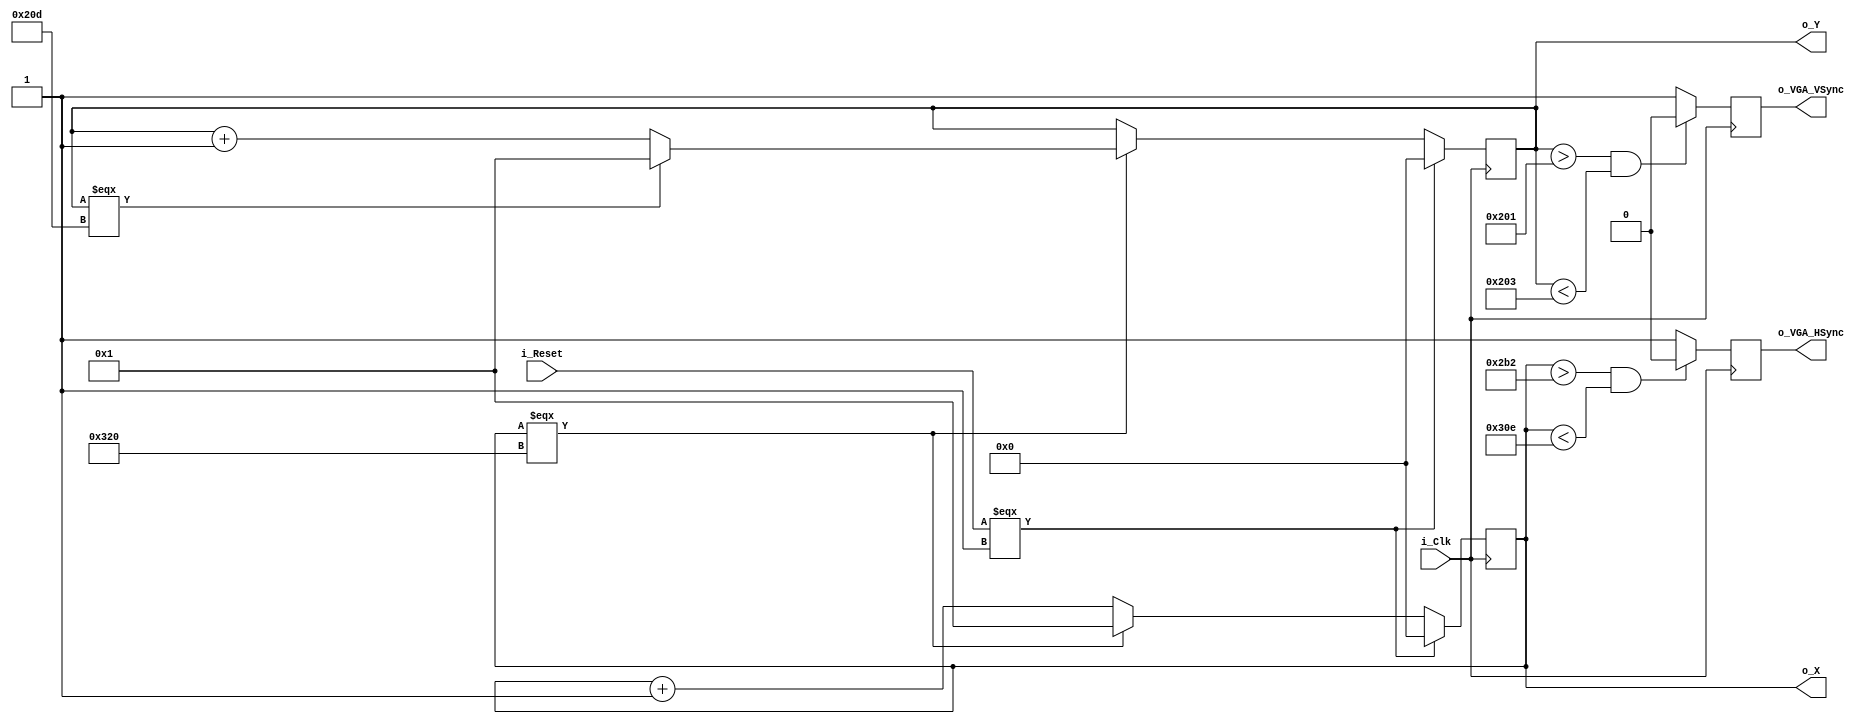
module VGA_Controller (
  input i_Clk,
  input i_Reset,
  output o_VGA_HSync,
  output o_VGA_VSync,
  output [11:0] o_X,
  output [11:0] o_Y
  );
  
  parameter H_TOTAL_WIDTH = 12'd800;
  parameter H_VISIBLE_WIDTH = 12'd640;
  parameter H_FRONT_PORCH = 12'd18;
  parameter H_BACK_PORCH = 12'd50;
  parameter H_START = H_TOTAL_WIDTH - H_FRONT_PORCH;
  parameter H_FINISH = H_VISIBLE_WIDTH + H_BACK_PORCH;
  
  parameter V_TOTAL_HEIGHT = 12'd525;
  parameter V_VISIBLE_HEIGHT = 12'd480;
  parameter V_FRONT_PORCH = 12'd10;
  parameter V_BACK_PORCH = 12'd33;
  parameter V_START = V_TOTAL_HEIGHT - V_FRONT_PORCH;
  parameter V_FINISH = V_VISIBLE_HEIGHT + V_BACK_PORCH;
  
  reg [11:0] r_HCounter = 12'b1;
  reg [11:0] r_VCounter = 12'b1;
  reg r_HSync;
  reg r_VSync;
  
  always @ (posedge i_Clk) begin
    if (i_Reset === 1'b1) begin
      r_HCounter <= 12'b0;
      r_VCounter <= 12'b0;
    end else begin
      r_HCounter <= r_HCounter + 1;
      if (r_HCounter === H_TOTAL_WIDTH) begin
        r_HCounter <= 12'b1;
        r_VCounter <= r_VCounter + 1;
        if (r_VCounter === V_TOTAL_HEIGHT) begin
          r_VCounter <= 12'b1;
        end
      end
    end
    if (r_HCounter > H_FINISH && r_HCounter < H_START)
      r_HSync <= 0;
    else
      r_HSync <= 1;
    if (r_VCounter > V_FINISH && r_VCounter < V_START)
      r_VSync <= 0;
    else
      r_VSync <= 1;
  end
    
  // assign io_PMOD_1 = r_H_Sync;
  // assign io_PMOD_2 = r_V_Sync;
  assign o_X = r_HCounter;
  assign o_Y = r_VCounter;
  assign o_VGA_HSync = r_HSync;
  assign o_VGA_VSync = r_VSync;
endmodule